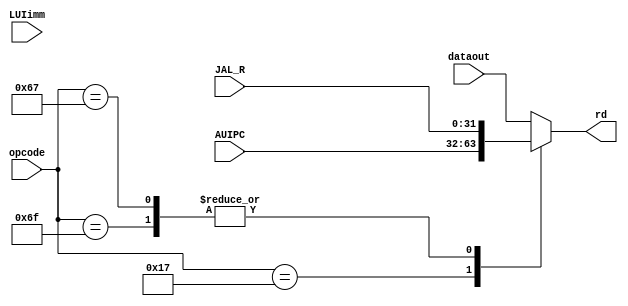
`timescale 1ns / 1ps
//////////////////////////////////////////////////////////////////////////////////
// Company: 
// Engineer: 
// 
// Design Name: 
// Module Name: RD_mux
// Project Name: 
// Target Devices: 
// Tool Versions: 
// Description: 
// 
// Dependencies: 
// 
// Revision:
// Revision 0.01 - File Created
// Additional Comments:
// 
//////////////////////////////////////////////////////////////////////////////////


module RD_mux(
input [6:0]opcode,
input [31:0] AUIPC,
input [31:0] JAL_R,
input [31:0] LUIimm,
input [31:0] dataout,
output reg [31:0]rd);
always@(*) begin
case(opcode)
7'b0010111: begin
rd=AUIPC;
end
7'b1101111: begin //jal
rd=JAL_R;
end
7'b1100111: begin //jalr
rd=JAL_R;
end
7'b1100111: begin //lui
rd=LUIimm;
end
default:rd=dataout;

endcase
end
endmodule